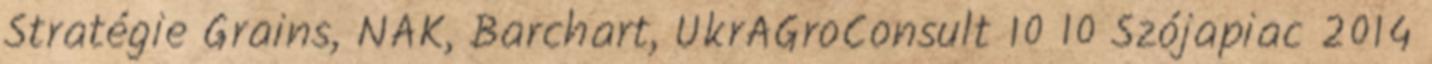
Stratégie Grains, NAK, Barchart, UkrAGroConsult 10 10 Szójapiac 2014